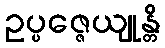
ဥပ္ပဇ္ဇေယျုန္တိ